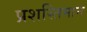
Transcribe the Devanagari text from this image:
प्रशस्तिमान